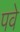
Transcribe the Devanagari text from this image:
पवे